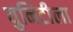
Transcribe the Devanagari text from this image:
युनिटीला